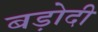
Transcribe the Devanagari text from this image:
बड़ोदी